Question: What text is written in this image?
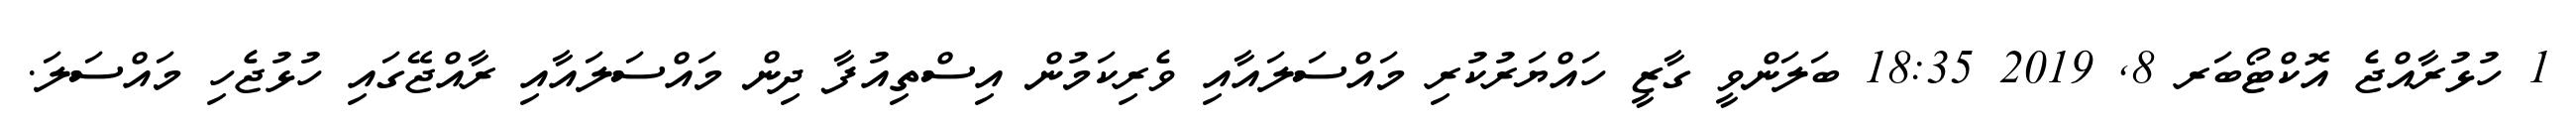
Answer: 1 ހުޅުރާއްޖެ އޮކްޓޯބަރ 8, 2019 18:35 ބަލަންވީ ގާޒީ ހައްޔަރުކުރި މައްސަލައާއި ވެރިކަމުން އިސްތިއުފާ ދިން މައްސަލައާއި ރާއްޖޭގައި ހުޅުޖެހި މައްސަލަ.